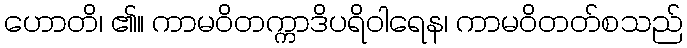
ဟောတိ၊ ၏။ ကာမဝိတက္ကာဒိပရိဝါရေန၊ ကာမဝိတတ်စသည်